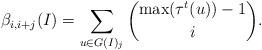
LaTeX: \begin{align*}\beta_{i, i+j}(I)=\sum_{u \in G(I)_j} \binom{\max(\tau^t(u))-1}{i}.\end{align*}